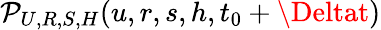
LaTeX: \mathcal{P}_{U,R,S,H}(u,r,s,h,t_{0}+\Deltat)